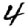
Digit: 4